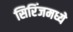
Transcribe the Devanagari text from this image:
सिरिंजमध्ये